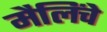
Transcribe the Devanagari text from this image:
मैलिंचे